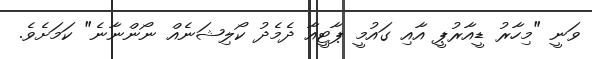
ވަނީ "މިހާރު ޑީއާރުޕީ އާއި ގައުމީ ޕާޓީއާ ދެމެދު ކޯލިޝަނެއް ނޯންނާނެ" ކަމަށެވެ.